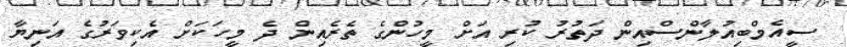
ސީއެމްބިއުލާންސްއިން ދަތުރު ކުރި އަށް މީހުންގެ ތެރެއިން ދެ މީހަކަށް އެކިވަރުގެ އަނިޔާ